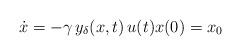
LaTeX: \begin{align*}\dot{x}= -\gamma \, y_\delta(x,t) \, u(t)x(0) = x_0\end{align*}